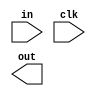
module top(
    input [7:0] in,
    input clk,
    output [7:0] out
    );
    
    //Add code here

    
endmodule